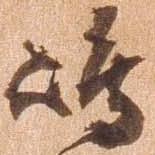
島